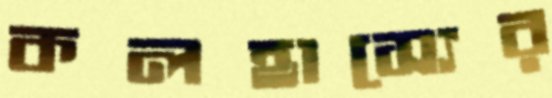
কলহাস্যের